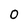
Character: 0